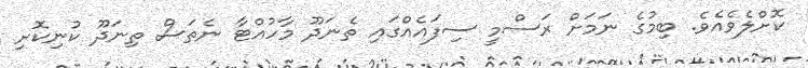
ކޮށްލެވެއެވެ. ބިމުގެ ނަމަށް ރަސްމީ ސިފައެއްގައި ތެނަދޫ މާހުއްޓާ ނެތަސް ތިނަދޫ ކުނިކޮށި